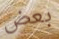
بعض